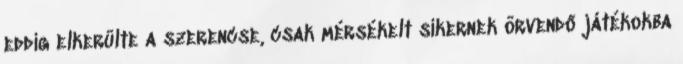
eddig elkerülte a szerencse, csak mérsékelt sikernek örvendő játékokba